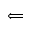
\Longleftarrow